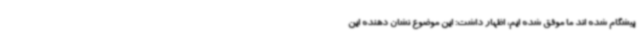
پیشگام شده اند ما موفق شده ایم، اظهار داشت: این موضوع نشان دهنده این